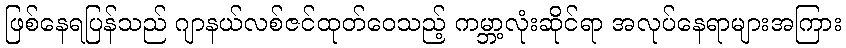
ဖြစ်နေရပြန်သည် ဂျာနယ်လစ်ဇင်ထုတ်ဝေသည့် ကမ္ဘာ့လုံးဆိုင်ရာ အလုပ်နေရာများအကြား